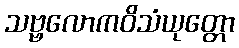
သဗ္ဗလောကဝိသံယုတ္တော